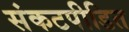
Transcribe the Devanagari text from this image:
संकटपीडित